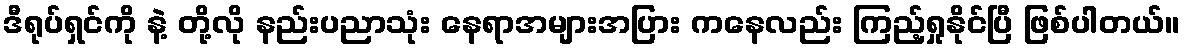
ဒီရုပ်ရှင်ကို နဲ့ တို့လို နည်းပညာသုံး နေရာအများအပြား ကနေလည်း ကြည့်ရှုနိုင်ပြီ ဖြစ်ပါတယ်။